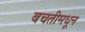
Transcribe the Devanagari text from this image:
बचतीमधून